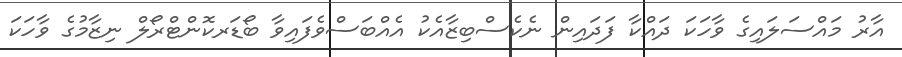
އާރު މައްސަލައިގެ ވާހަކަ ދައްކާ ފަދައިން ނެކެސްބިޒާއެކު އެއްބަސްވެފައިވާ ބޯޑަރކޮންޓްރޯލް ނިޒާމުގެ ވާހަކަ